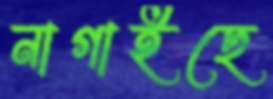
নাগাইছে